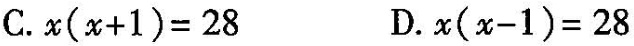
C.$$x ( x + 1 ) = 2 8$$ D.$$x ( x - 1 ) = 2 8$$